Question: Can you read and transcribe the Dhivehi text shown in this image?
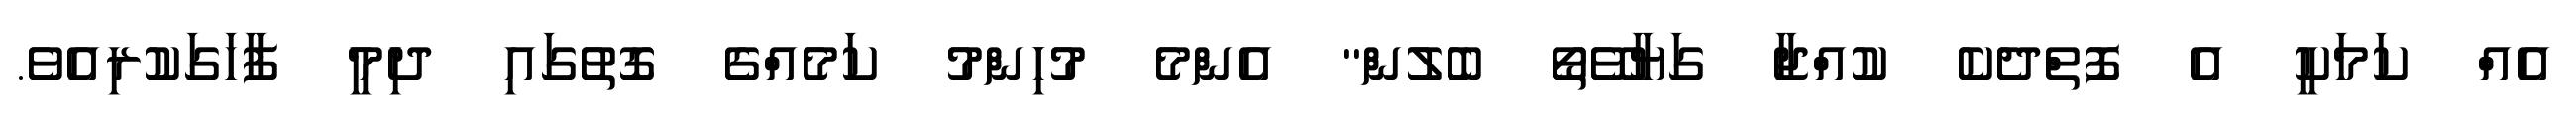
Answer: އެއް ކަމަކީ އެ ފޮތްދެކެ ކުއްޖާ ގަޔާވޭތޯ ބެލުން" އެންމެ މުހިންމު ކަމެއްގެ ގޮތުގައި ދިމީ ފާހަގަކުރިއެވެ.